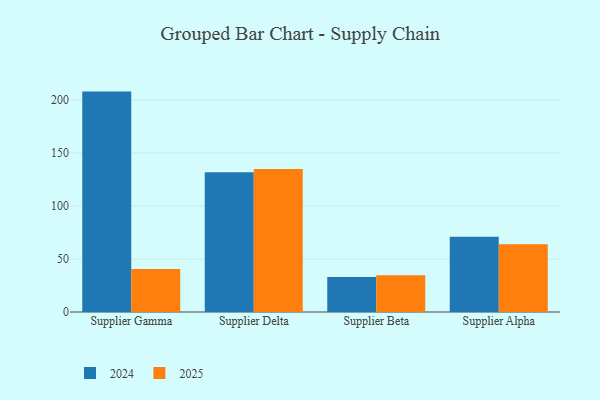
{"axis": {"x": "Supplier", "y": "Gross Profit (USD K)"}, "legend": ["2024", "2025"], "data": [{"x": "Supplier Gamma", "y": 40.5, "type": "2025"}, {"x": "Supplier Gamma", "y": 207.9, "type": "2024"}, {"x": "Supplier Delta", "y": 134.8, "type": "2025"}, {"x": "Supplier Delta", "y": 131.9, "type": "2024"}, {"x": "Supplier Beta", "y": 34.6, "type": "2025"}, {"x": "Supplier Beta", "y": 33.1, "type": "2024"}, {"x": "Supplier Alpha", "y": 63.8, "type": "2025"}, {"x": "Supplier Alpha", "y": 71.0, "type": "2024"}]}